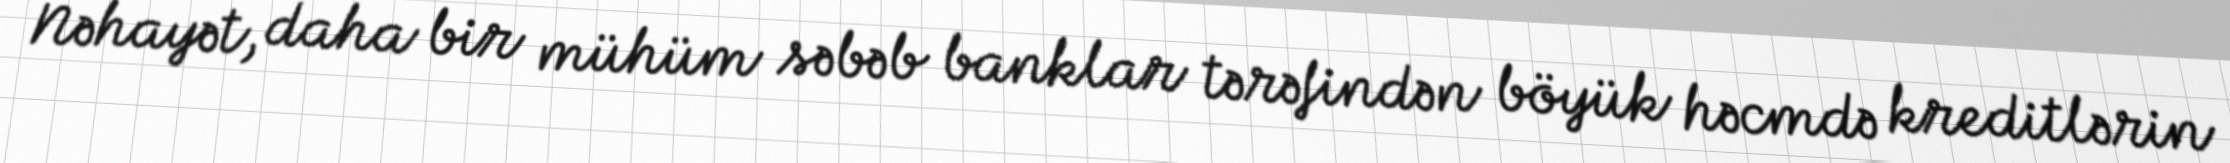
Nəhayət, daha bir mühüm səbəb banklar tərəfindən böyük həcmdə kreditlərin